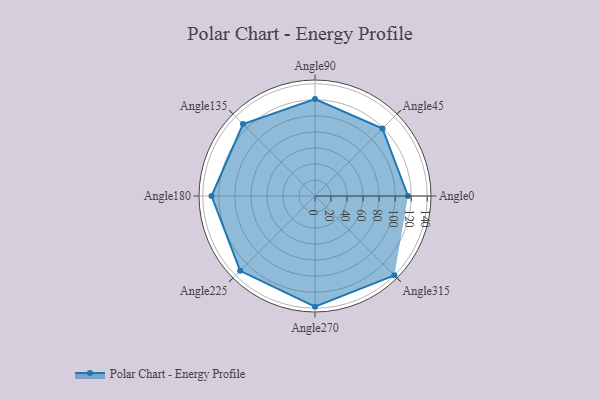
{"axis": {"x": "Angle", "y": "Radius"}, "legend": [""], "data": [{"x": "Angle0", "y": 116.0, "type": ""}, {"x": "Angle45", "y": 119.0, "type": ""}, {"x": "Angle90", "y": 121.0, "type": ""}, {"x": "Angle135", "y": 127.0, "type": ""}, {"x": "Angle180", "y": 129.0, "type": ""}, {"x": "Angle225", "y": 132.0, "type": ""}, {"x": "Angle270", "y": 138.0, "type": ""}, {"x": "Angle315", "y": 140.0, "type": ""}]}